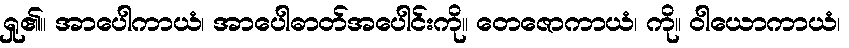
ရှု၏။ အာပေါကာယံ၊ အာပေါဓာတ်အပေါင်းကို။ တေဇောကာယံ၊ ကို။ ဝါယောကာယံ၊